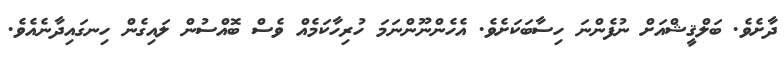
ދާށެވެ. ބަލްޤީޝްއަށް ނުފެންނަ ހިސާބަކަށެވެ. އެހެންނޫންނަމަ ހުރިހާކަމެއް ވެސް ބޮއްސުން ލައިގެން ހިނގައިދާނެއެވެ.